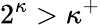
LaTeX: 2^{\kappa}>\kappa^{+}